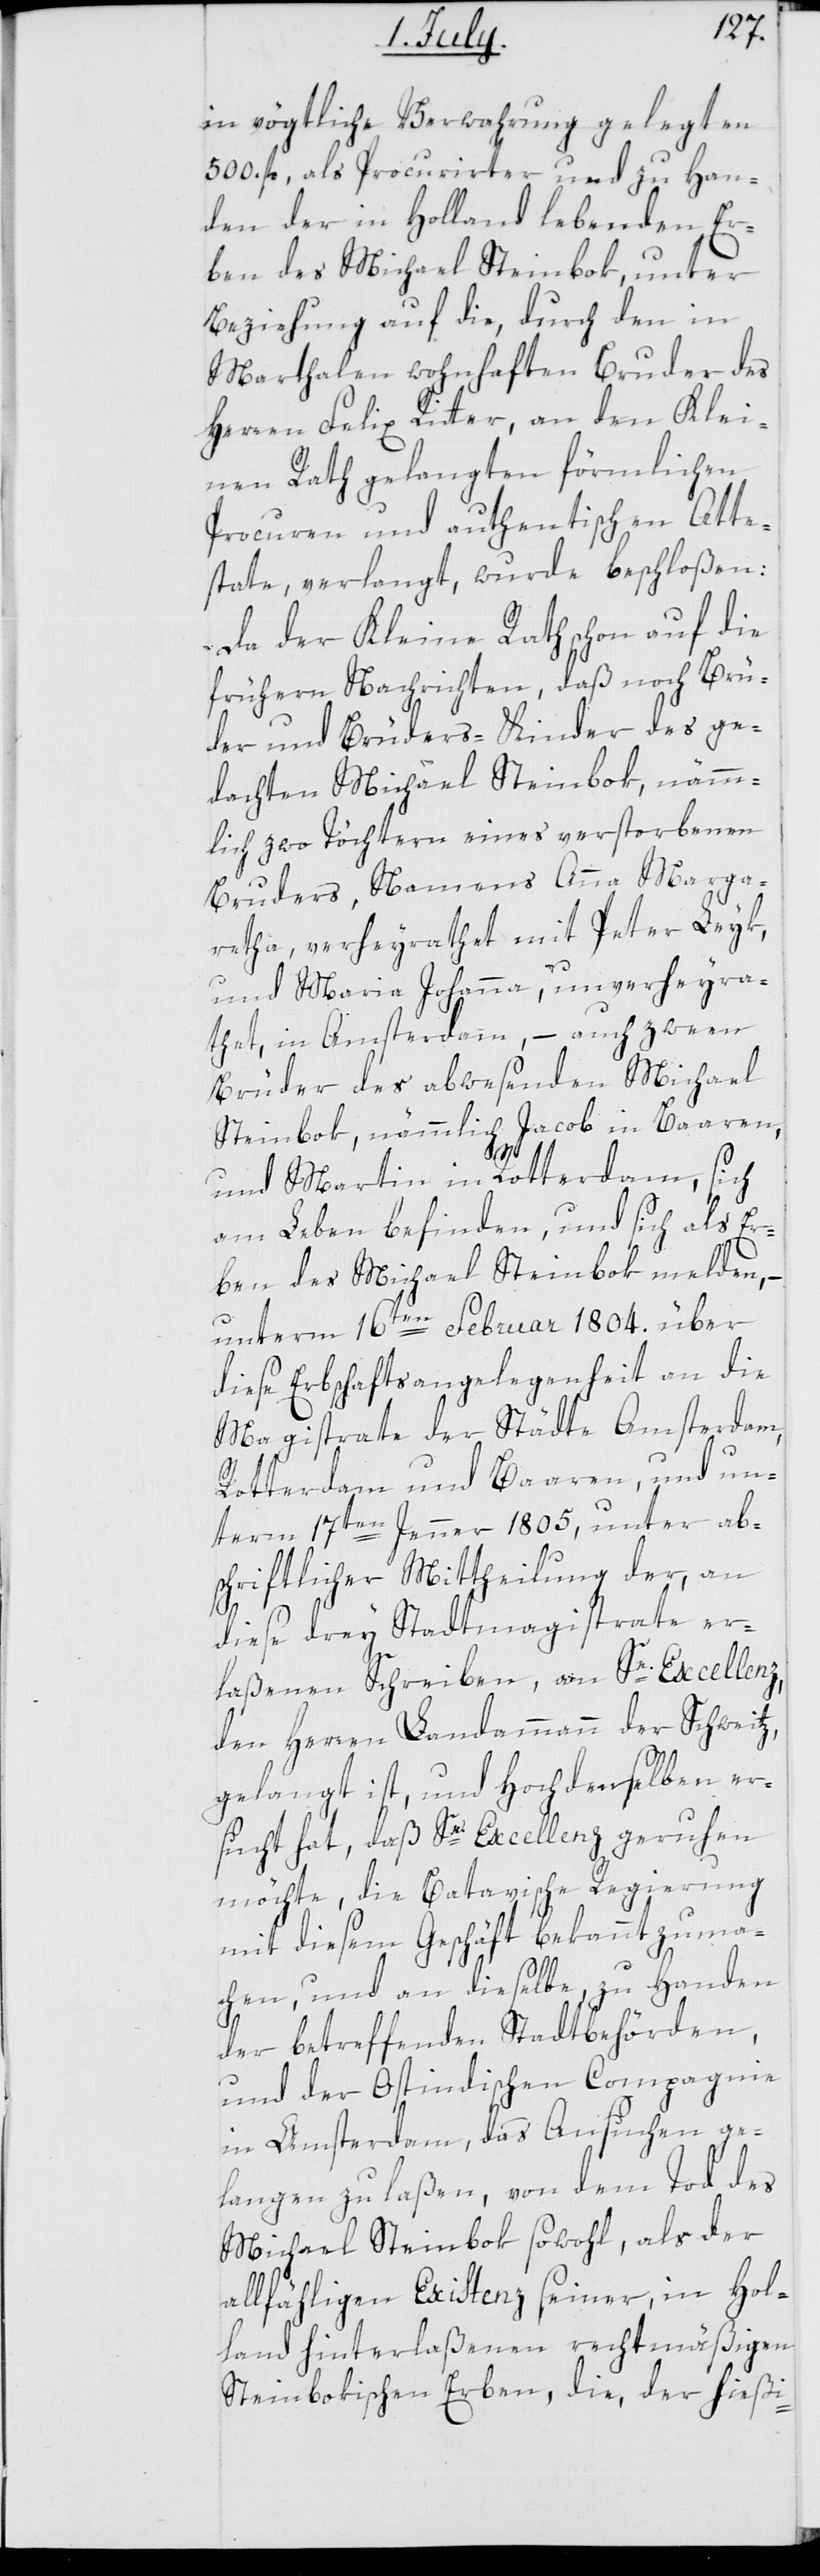
in vögtliche Verwahrung gelegten
500. fl., als Procurierter und zu Han¬
den der in Holland lebenden Er¬
ben des Michael Steinbok, unter
Beziehung auf die, durch den in
Marthalen wohnhaften Bruder des
Herren Felix Ritter, an den Klei¬
nen Rath gelangten förmlichen
Procuren und authentischen Atte¬
state, verlangt, wurde beschloßen:
Da der Kleine Rath schon auf die
früheren Nachrichten, daß noch Brü¬
der und Brüders-Kinder des ge¬
dachten Michael Steinbok, nämm¬
lich zwo Töchtern eines verstorbenen
Bruders, Namens Anna Marga¬
retha, verheyrathet mit Peter Leyk,
und Maria Johanna, unverheyra¬
thet, in Amsterdam, – auch zween
Brüder des abwesenden Michael
Steinbok, nämmlich Jacob in Baaren,
und Martin in Rotterdam, sich
am Leben befinden, und sich als Er¬
ben des Michael Steinbok melden,
unterm 16ten Februar 1804. über
diese Erbschaftsangelegenheit an die
Magistrate der Städte Amsterdam,
Rotterdam und Baaren, und un¬
term 17ten Jenner 1805, unter ab¬
schriftlicher Mittheilung der, an
diese drey Stadtmagistrate er¬
laßene Schreiben, an Se. Excellenz,
den Herren Landammann der Schweitz,
gelangt ist, und Hochdenselben er¬
sucht hat, daß Se. Excellenz geruhen
möchte, die Batavische Regierung
mit diesem Geschäft bekannt zu ma¬
chen, und an dieselbe zu Handen
der betreffenden Stadtbehörden,
und der Ostindischen Compagnie
in Amsterdam, das Ansuchen ge¬
langen zu laßen, von dem Tod des
Michael Steinbok sowohl, als der
allfähligen Existenz seiner, in Hol¬
land hinterlaßenen rechtmäßigen
Steinbokischen Erben, die, der hießi-